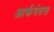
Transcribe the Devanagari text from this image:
आर्कवेबस